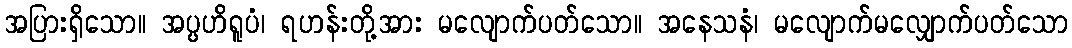
အပြားရှိသော။ အပ္ပဟိရူပံ၊ ရဟန်းတို့အား မလျောက်ပတ်သော။ အနေသနံ၊ မလျောက်မလျှောက်ပတ်သော